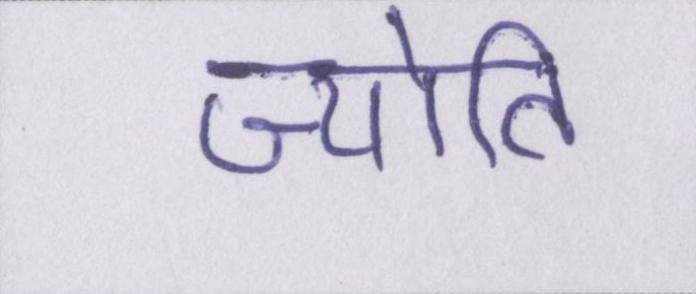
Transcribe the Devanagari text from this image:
ज्योति